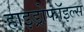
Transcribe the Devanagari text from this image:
हाइड्रोफॉइल्स